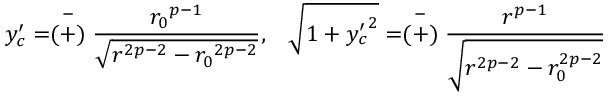
y _ { c } ^ { \prime } = \stackrel { - } { ( + ) } \frac { { r _ { 0 } } ^ { p - 1 } } { \sqrt { r ^ { 2 p - 2 } - { r _ { 0 } } ^ { 2 p - 2 } } } , \; \; \; \sqrt { 1 + { y _ { c } ^ { \prime } } ^ { 2 } } = \stackrel { - } { ( + ) } \frac { r ^ { p - 1 } } { \sqrt { r ^ { 2 p - 2 } - r _ { 0 } ^ { 2 p - 2 } } }